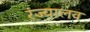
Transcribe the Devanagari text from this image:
रंज्यालव